Report on the Civil Veterinary Department, Eastern Bengal and Assam - 1907-1911
Year: 1907
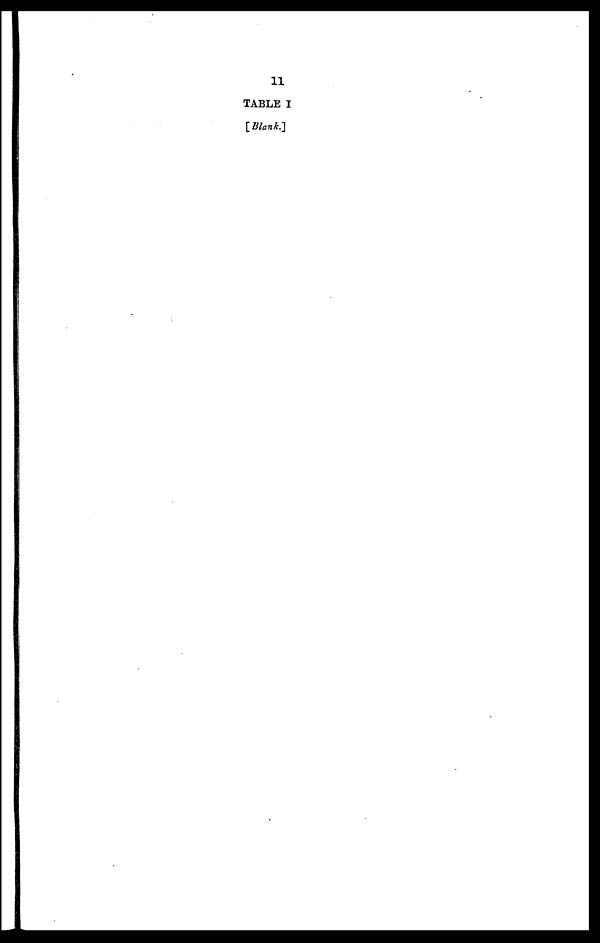
11
TABLE I
[Blank.]